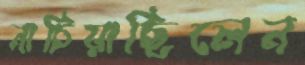
নাচিয়াছিলেন